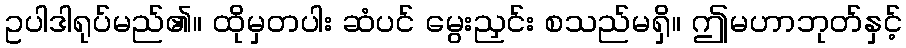
ဥပါဒါရုပ်မည်၏။ ထိုမှတပါး ဆံပင် မွေးညှင်း စသည်မရှိ။ ဤမဟာဘုတ်နှင့်